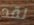
لقد